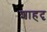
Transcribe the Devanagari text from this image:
शाहदृ